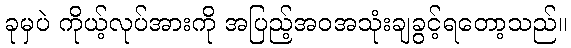
ခုမှပဲ ကိုယ့်လုပ်အားကို အပြည့်အဝအသုံးချခွင့်ရတော့သည်။